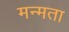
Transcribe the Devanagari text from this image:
मन्मता